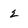
Character: 2